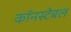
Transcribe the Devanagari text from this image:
कॉनस्टेबल